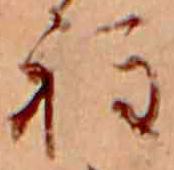
程